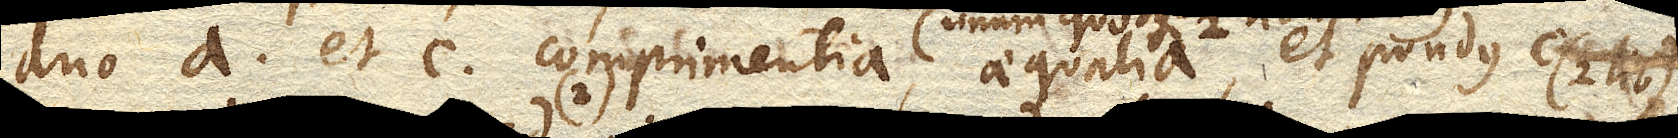
duo a. et c. comprimentia, aequalia (unum quodque 2 librarum), et pondus c. (2 lib.)